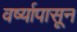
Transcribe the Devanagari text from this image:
वर्ष्यापासून